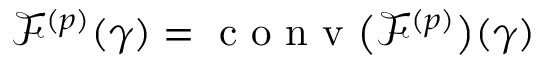
\mathcal { F } ^ { ( p ) } ( \gamma ) = \mathrm { ~ c ~ o ~ n ~ v ~ } \big ( \mathcal { F } ^ { ( p ) } \big ) ( \gamma )